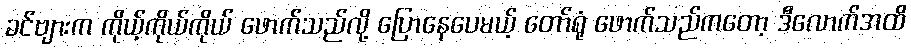
ခင်ဗျားက ကိုယ့်ကိုယ်ကိုယ် ဖောက်သည်လို့ ပြောနေပေမယ့် တော်ရုံ ဖောက်သည်ကတော့ ဒီလောက်အထိ